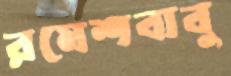
রমেশবাবু